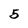
Character: 5